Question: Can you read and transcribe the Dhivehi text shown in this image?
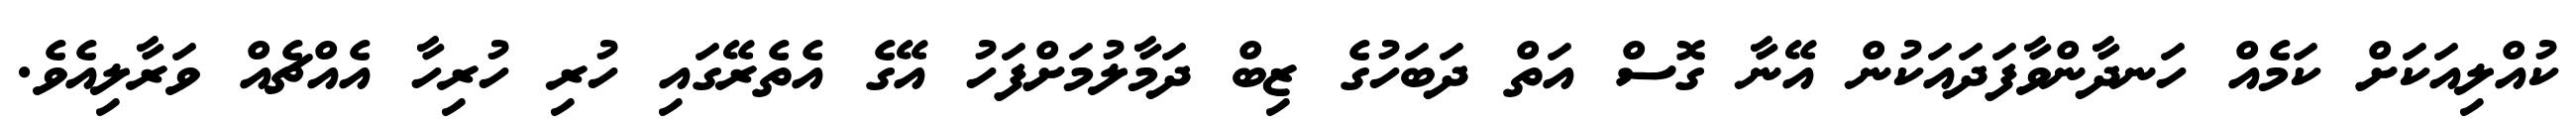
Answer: ކުއްލިއަކަށް ކަމެއް ހަނދާންވާފަދައަކުން އޭނާ ގޮސް އަތް ދަބަހުގެ ޒިބް ދަމާލުމަށްފަހު އޭގެ އެތެރޭގައި ހުރި ހުރިހާ އެއްޗެއް ވަރާލިއެވެ.